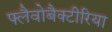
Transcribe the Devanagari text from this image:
फ्लैवोबैक्टीरिया